Plague in India, 1896, 1897 - Volume 1
Year: 1896
Disease focus: Plague
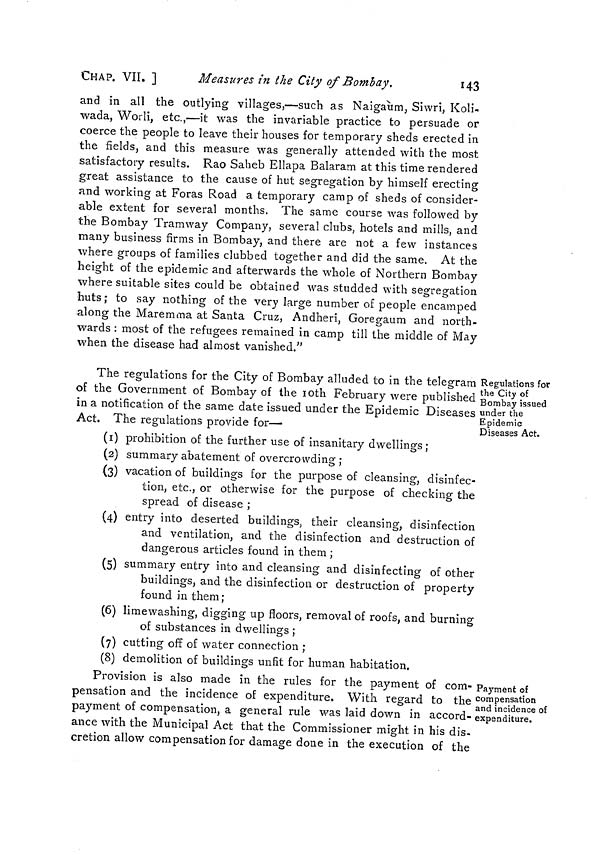
CHAP. VIL ]
Measures in the City of Bombay.
143
and in all the outlying villages,—such as Naigaùm, Siwri, Koli-
wada, Worli, etc.,—it was the invariable practice to persuade or
coerce the people to leave their houses for temporary sheds erected in
the fields, and this measure was generally attended with the most
satisfactory results. Rao Saheb Ellapa Balaram at this time rendered
great assistance to the cause of hut segregation by himself erecting
and working at Foras Road a temporary camp of sheds of consider-
able extent for several months. The same course was followed by
the Bombay Tramway Company, several clubs, hotels and mills, and
many business firms in Bombay, and there are not a few instances
where groups of families clubbed together and did the same. At the
height of the epidemic and afterwards the whole of Northern Bombay
where suitable sites could be obtained was studded with segregation
huts; to say nothing of the very large number of people encamped
along the Maremma at Santa Cruz, Andheri, Goregaum and north-
wards : most of the refugees remained in camp till the middle of May
when the disease had almost vanished."
Regulations for
the City of
Bombay issued
under the
Epidemic
Diseases Act.
The regulations for the City of Bombay alluded to in the telegram
of the Government of Bombay of the 10th February were published
in a notification of the same date issued under the Epidemic Diseases
Act. The regulations provide for—
(1) prohibition of the further use of insanitary dwellings;
(2) summary abatement of overcrowding ;
(3) vacation of buildings for the purpose of cleansing, disinfec-
tion, etc., or otherwise for the purpose of checking the
spread of disease ;
(4) entry into deserted buildings, their cleansing, disinfection
and ventilation, and the disinfection and destruction of
dangerous articles found in them ;
(5) summary entry into and cleansing and disinfecting of other
buildings, and the disinfection or destruction of property
found in them;
(6) limewashing, digging up floors, removal of roofs, and burning
of substances in dwellings ;
(7) cutting off of water connection ;
(8) demolition of buildings unfit for human habitation,
Payment of
compensation
and incidence of
expenditure.
Provision is also made in the rules for the payment of com-
pensation and the incidence of expenditure. With regard to the
payment of compensation, a general rule was laid down in accord-
ance with the Municipal Act that the Commissioner might in his dis-
cretion allow compensation for damage done in the execution of the